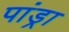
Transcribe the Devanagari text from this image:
पांड्रा